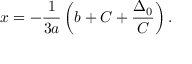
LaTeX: x = - { \frac { 1 } { 3 a } } \left( b + C + { \frac { \Delta _ { 0 } } { C } } \right) { \mathrm { . } }